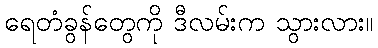
ရေတံခွန်တွေကို ဒီလမ်းက သွားလား။